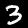
Digit: 3